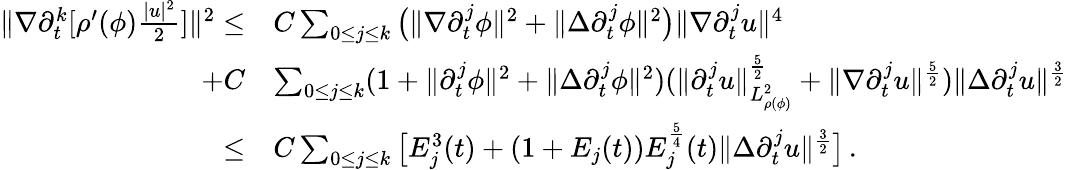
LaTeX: \begin{array}{rl}{\| \nabla\partial_{t}^{k}[\rho^{\prime}(\phi)\frac{|u|^{2}}{2}]\| ^{2}\leq}&{C\sum_{0\leq j\leq k}\big(\| \nabla\partial_{t}^{j}\phi\| ^{2}+\| \Delta\partial_{t}^{j}\phi\| ^{2}\big)\| \nabla\partial_{t}^{j}u\| ^{4}}\\ {+C}&{\sum_{0\leq j\leq k}(1+\| \partial_{t}^{j}\phi\| ^{2}+\| \Delta\partial_{t}^{j}\phi\| ^{2})(\| \partial_{t}^{j}u\| _{L_{\rho(\phi)}^{2}}^{\frac{5}{2}}+\| \nabla\partial_{t}^{j}u\| ^{\frac{5}{2}})\| \Delta\partial_{t}^{j}u\| ^{\frac{3}{2}}}\\ {\leq}&{C\sum_{0\leq j\leq k}\big[E_{j}^{3}(t)+(1+E_{j}(t))E_{j}^{\frac{5}{4}}(t)\| \Delta\partial_{t}^{j}u\| ^{\frac{3}{2}}\big]\, .}\end{array}